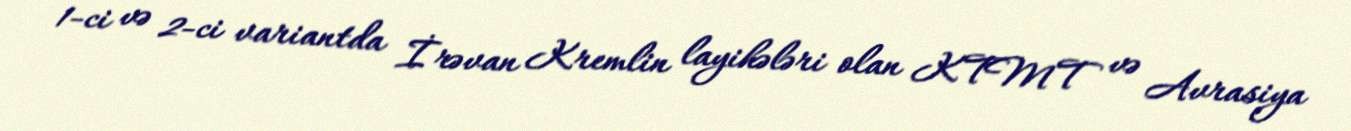
1-ci və 2-ci variantda İrəvan Kremlin layihələri olan KTMT və Avrasiya